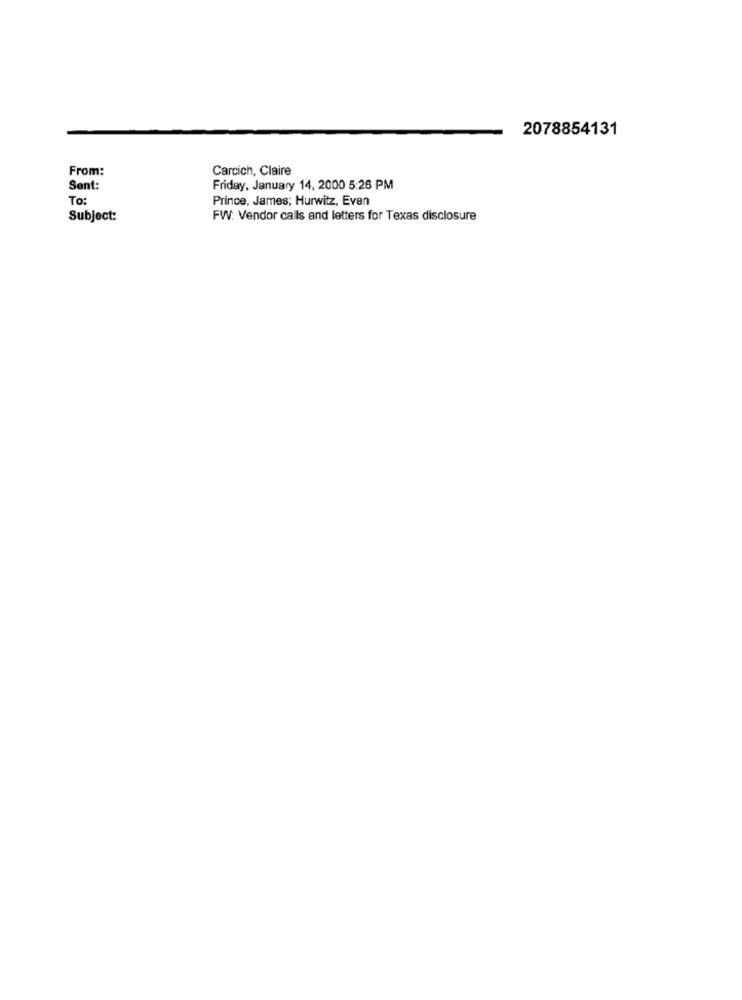
2078854131
From:
Carcich, Claire
Sent:
Friday, January 14, 2000 5:26 PM
To:
Prince, James; Hurwitz, Even
Subject:
FW: Vendor calls and letters for Texas disclosure